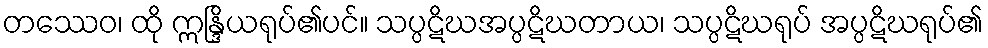
တဿေဝ၊ ထို ဣန္ဒြိယရုပ်၏ပင်။ သပ္ပဋိဃအပ္ပဋိဃတာယ၊ သပ္ပဋိဃရုပ် အပ္ပဋိဃရုပ်၏